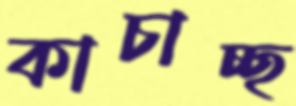
কাচাচ্ছ